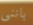
باننى